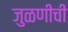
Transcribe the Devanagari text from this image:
जुळणीची